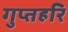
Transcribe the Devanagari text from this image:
गुप्तहरि